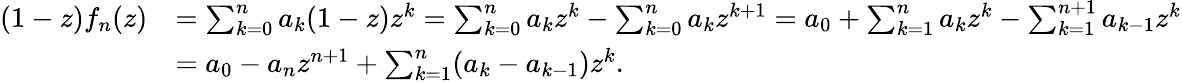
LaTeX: {\begin{array}{rl}{(1-z)f_{n}(z)}&{=\sum_{k=0}^{n}a_{k}(1-z)z^{k}=\sum_{k=0}^{n}a_{k}z^{k}-\sum_{k=0}^{n}a_{k}z^{k+1}=a_{0}+\sum_{k=1}^{n}a_{k}z^{k}-\sum_{k=1}^{n+1}a_{k-1}z^{k}}\\ &{=a_{0}-a_{n}z^{n+1}+\sum_{k=1}^{n}(a_{k}-a_{k-1})z^{k}.}\end{array}}